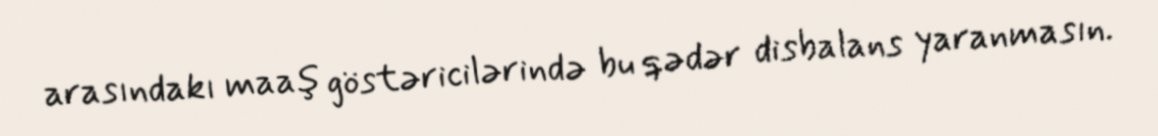
arasındakı maaş göstəricilərində bu qədər disbalans yaranmasın.